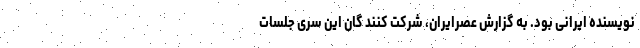
نویسنده­ ایرانی بود. به گزارش عصرایران، شرکت کنند گان این سری جلسات